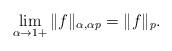
LaTeX: \begin{align*}\lim_{\alpha\to 1+}\|f\|_{\alpha, \alpha p}=\|f\|_{p}.\end{align*}